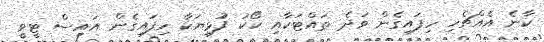
ކާނެ އެއްޗެހި ހިފައިގެން ވަދެ ތައްޓަކާއި ކޯކު ފުޅިޔަކާ ހިފައިގެން އައިސް ޓީވީ